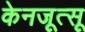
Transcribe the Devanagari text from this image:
केनजूत्सू